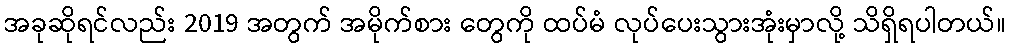
အခုဆိုရင်လည်း 2019 အတွက် အမိုက်စား တွေကို ထပ်မံ လုပ်ပေးသွားအုံးမှာလို့ သိရှိရပါတယ်။